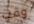
وقت